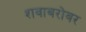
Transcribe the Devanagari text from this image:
शवाबरोबर